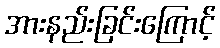
အားနည်းခြင်းကြောင့်